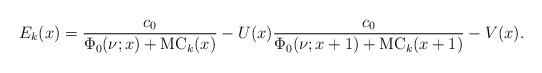
LaTeX: \begin{align*}E_k(x)=\frac{c_0}{\Phi_0(\nu;x)+\mathrm{MC}_k(x)}-U(x)\frac{c_0}{\Phi_0(\nu;x+1)+\mathrm{MC}_k(x+1)}-V(x).\end{align*}